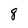
Character: 8